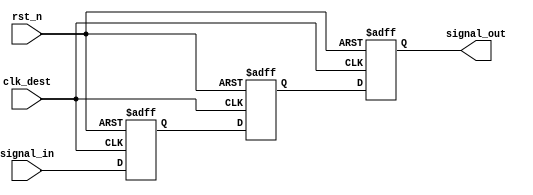
module signal_level_crossing_synchronizer #(
    parameter WIDTH = 1  // Width of the input signal
)(
    input  wire              clk_dest,     // Destination clock
    input  wire              rst_n,        // Active low asynchronous reset
    input  wire [WIDTH-1:0] signal_in,    // Input signal from source clock domain
    output reg  [WIDTH-1:0] signal_out     // Synchronized output signal
);

    // Internal registers for the two-stage synchronization
    reg [WIDTH-1:0] sync_ff1; // First flip-flop
    reg [WIDTH-1:0] sync_ff2; // Second flip-flop

    // Asynchronous reset and sampling logic
    always @(posedge clk_dest or negedge rst_n) begin
        if (!rst_n) begin
            sync_ff1 <= 0;
            sync_ff2 <= 0;
            signal_out <= 0;
        end else begin
            sync_ff1 <= signal_in;  // Sample input signal in the first flip-flop
            sync_ff2 <= sync_ff1;    // Sample the first flip-flop output in the second flip-flop
            signal_out <= sync_ff2;  // Output the synchronized signal
        end
    end

endmodule